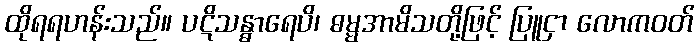
ထိုရရဟန်းသည်။ ပဋိသန္ဓာရေပိ၊ ဓမ္မအာမိသတို့ဖြင့် ပြူငှာ လောကဝတ်